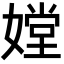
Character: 𡠠